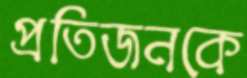
প্রতিজনকে